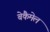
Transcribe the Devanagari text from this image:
बेकैमेल